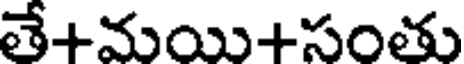
తే+మయి+సంతు